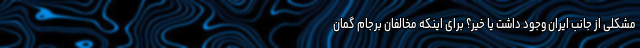
مشکلی از جانب ایران وجود داشت یا خیر؟ برای اینکه مخالفان برجام گمان